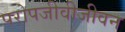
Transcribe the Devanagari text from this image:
परोपजीवीजीवन